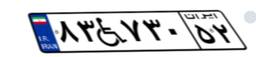
۱۱W۶۷۷۷۵